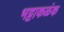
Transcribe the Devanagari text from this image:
भट्टाकळंक